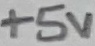
Text: +5V